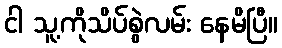
ငါ သူ့ကိုသိပ်စွဲလမ်း နေမိပြီ။